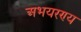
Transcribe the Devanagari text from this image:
अभयरण्य